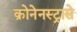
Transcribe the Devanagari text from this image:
क्रोनेनस्ट्रासे